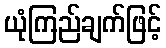
ယုံကြည်ချက်ဖြင့်